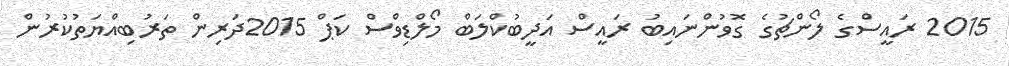
2015 ރައީސްގެ ލޯންޗުގެ ގޮވުންނައިބު ރައީސް އަދީބުކްލަބް މޯލްޑިވްސް ކަޕް 2015ދަރިން ތަރުބިއްޔަތުކުރުން